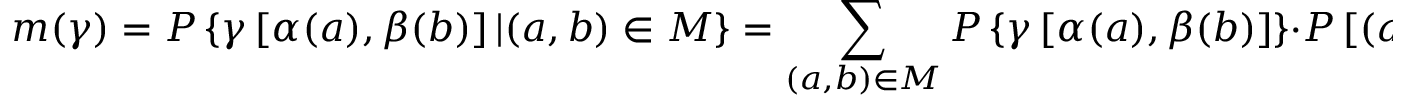
m ( \gamma ) = P \left\{ \gamma \left[ \alpha ( a ) , \beta ( b ) \right] | ( a , b ) \in M \right\} = \sum _ { ( a , b ) \in M } P \left\{ \gamma \left[ \alpha ( a ) , \beta ( b ) \right] \right\} \cdot P \left[ ( a , b ) | M \right]